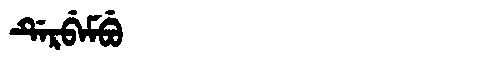
Manchu: ᡩᡝᡵᠪᡝᠮᠪᡠ
Romanization: DERBEMBU